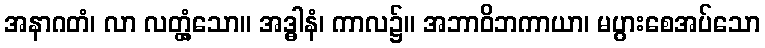
အနာဂတံ၊ လာ လတ္တံ့သော။ အဒ္ဓါနံ၊ ကာလ၌။ အဘာဝိဘကာယာ၊ မပွားစေအပ်သော